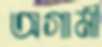
অগামী